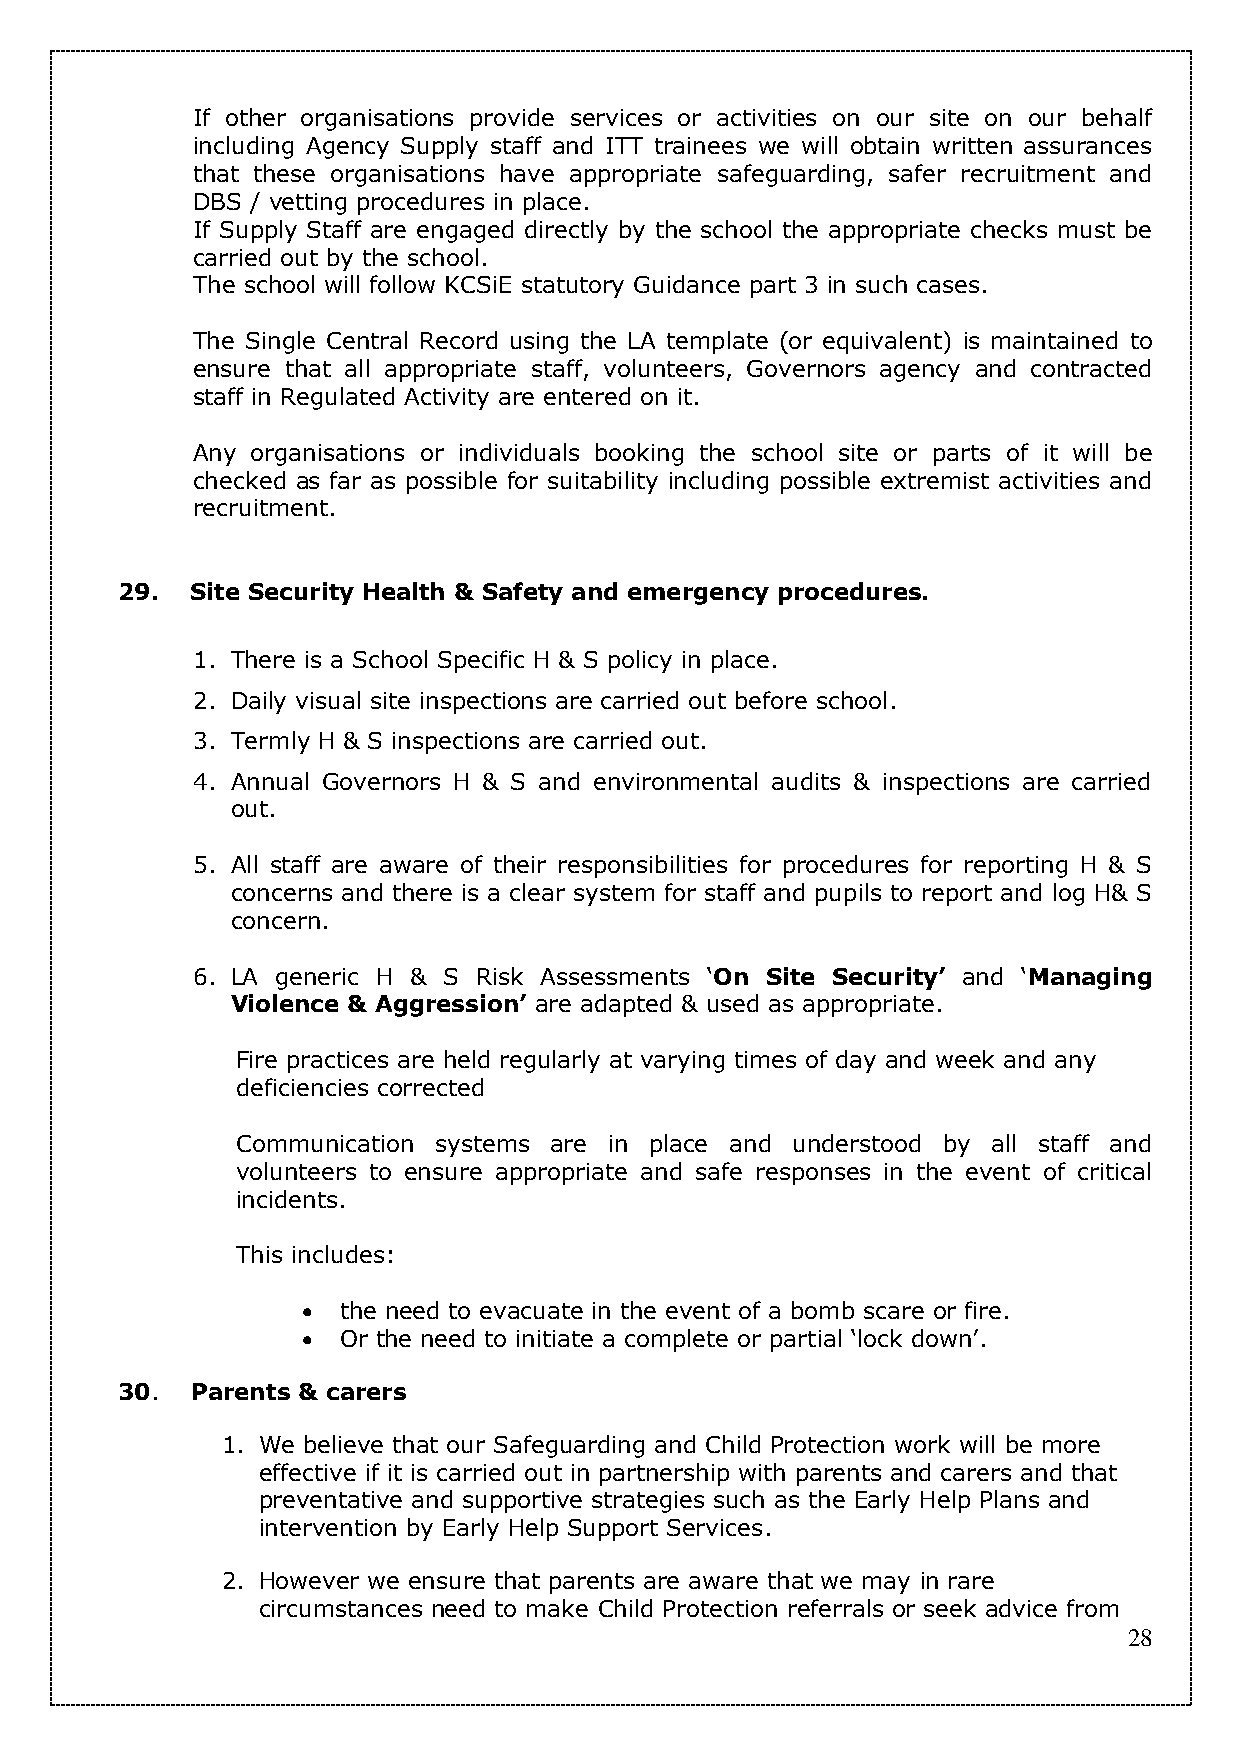
If other organisations provide services or activities on our site on our behalf
 including Agency Supply staff and ITT trainees we will obtain written assurances
 that these organisations have appropriate safeguarding, safer recruitment and
 DBS / vetting procedures in place.
 If Supply Staff are engaged directly by the school the appropriate checks must be
 carried out by the school.
 The school will follow KCSiE statutory Guidance part 3 in such cases.
 The Single Central Record using the LA template (or equivalent) is maintained to
 ensure that all appropriate staff, volunteers, Governors agency and contracted
 staff in Regulated Activity are entered on it.
 Any organisations or individuals booking the school site or parts of it will be
 checked as far as possible for suitability including possible extremist activities and
 recruitment.
 29.  Site Security Health & Safety and emergency procedures.
 1. There is a School Specific H & S policy in place.
 2. Daily visual site inspections are carried out before school.
 3. Termly H & S inspections are carried out.
 4. Annual Governors H & S and environmental audits & inspections are carried
 out.
 5. All staff are aware of their responsibilities for procedures for reporting H & S
 concerns and there is a clear system for staff and pupils to report and log H& S
 concern.
 6. LA generic H & S Risk Assessments ‘On Site Security’ and ‘Managing
 Violence & Aggression’ are adapted & used as appropriate.
 Fire practices are held regularly at varying times of day and week and any
 deficiencies corrected
 Communication systems are in place and understood by all staff and
 volunteers to ensure appropriate and safe responses in the event of critical
 incidents.
 This includes:
  the need to evacuate in the event of a bomb scare or fire.
  Or the need to initiate a complete or partial ‘lock down’.
 30.  Parents & carers
 1. We believe that our Safeguarding and Child Protection work will be more
 effective if it is carried out in partnership with parents and carers and that
 preventative and supportive strategies such as the Early Help Plans and
 intervention by Early Help Support Services.
 2. However we ensure that parents are aware that we may in rare
 circumstances need to make Child Protection referrals or seek advice from
 28